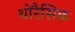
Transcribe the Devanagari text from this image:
थोरैसिक